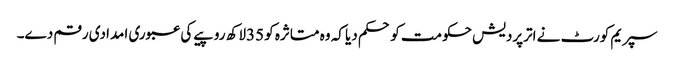
سپریم کورٹ نے اترپردیش حکومت کو حکم دیا کہ وہ متاثرہ کو 35لاکھ روپیے کی عبوری امدادی رقم دے۔